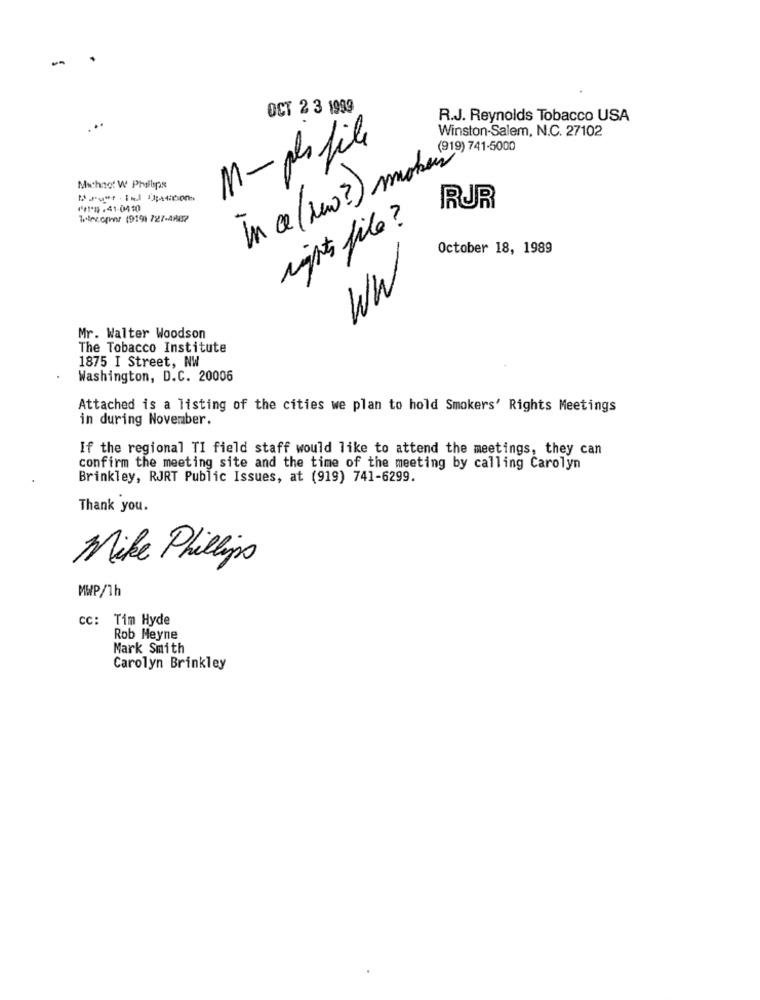
-
OCT 2 3 1999
R.J. Reynolds Tobacco USA
Winston-Salem, N.C. 27102
M- des file
In ce (New?) mohou 741.500g
Michno! W Phillips
(1.41-0410
RUR
Wlecoqwr (919) 727-48837
rights file?
October 18, 1989
WW
Mr. Walter Woodson
The Tobacco Institute
1875 I Street, NW
Washington, D.C. 20006
Attached is a listing of the cities we plan to hold Smokers' Rights Meetings
in during November.
If the regional TI field staff would like to attend the meetings, they can
confirm the meeting site and the time of the meeting by calling Carolyn
Brinkley, RJRT Public Issues, at (919) 741-6299.
Thank you.
Mike Philips
MWP/1h
CC: Tim Hyde
Rob Meyne
Mark Smith
Carolyn Brinkley